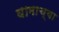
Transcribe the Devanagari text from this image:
घामाच्या